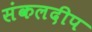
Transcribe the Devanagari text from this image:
संकलदीप